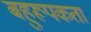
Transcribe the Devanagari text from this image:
बहुरूपकता